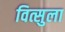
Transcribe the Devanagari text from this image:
वित्सुला